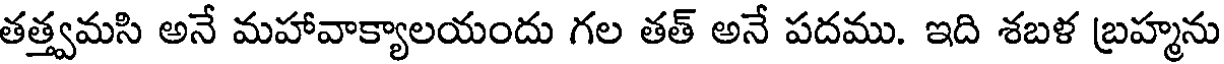
తత్త్వమసి అనే మహావాక్యాలయందు గల తత్ అనే పదము. ఇది శబళ బ్రహ్మను